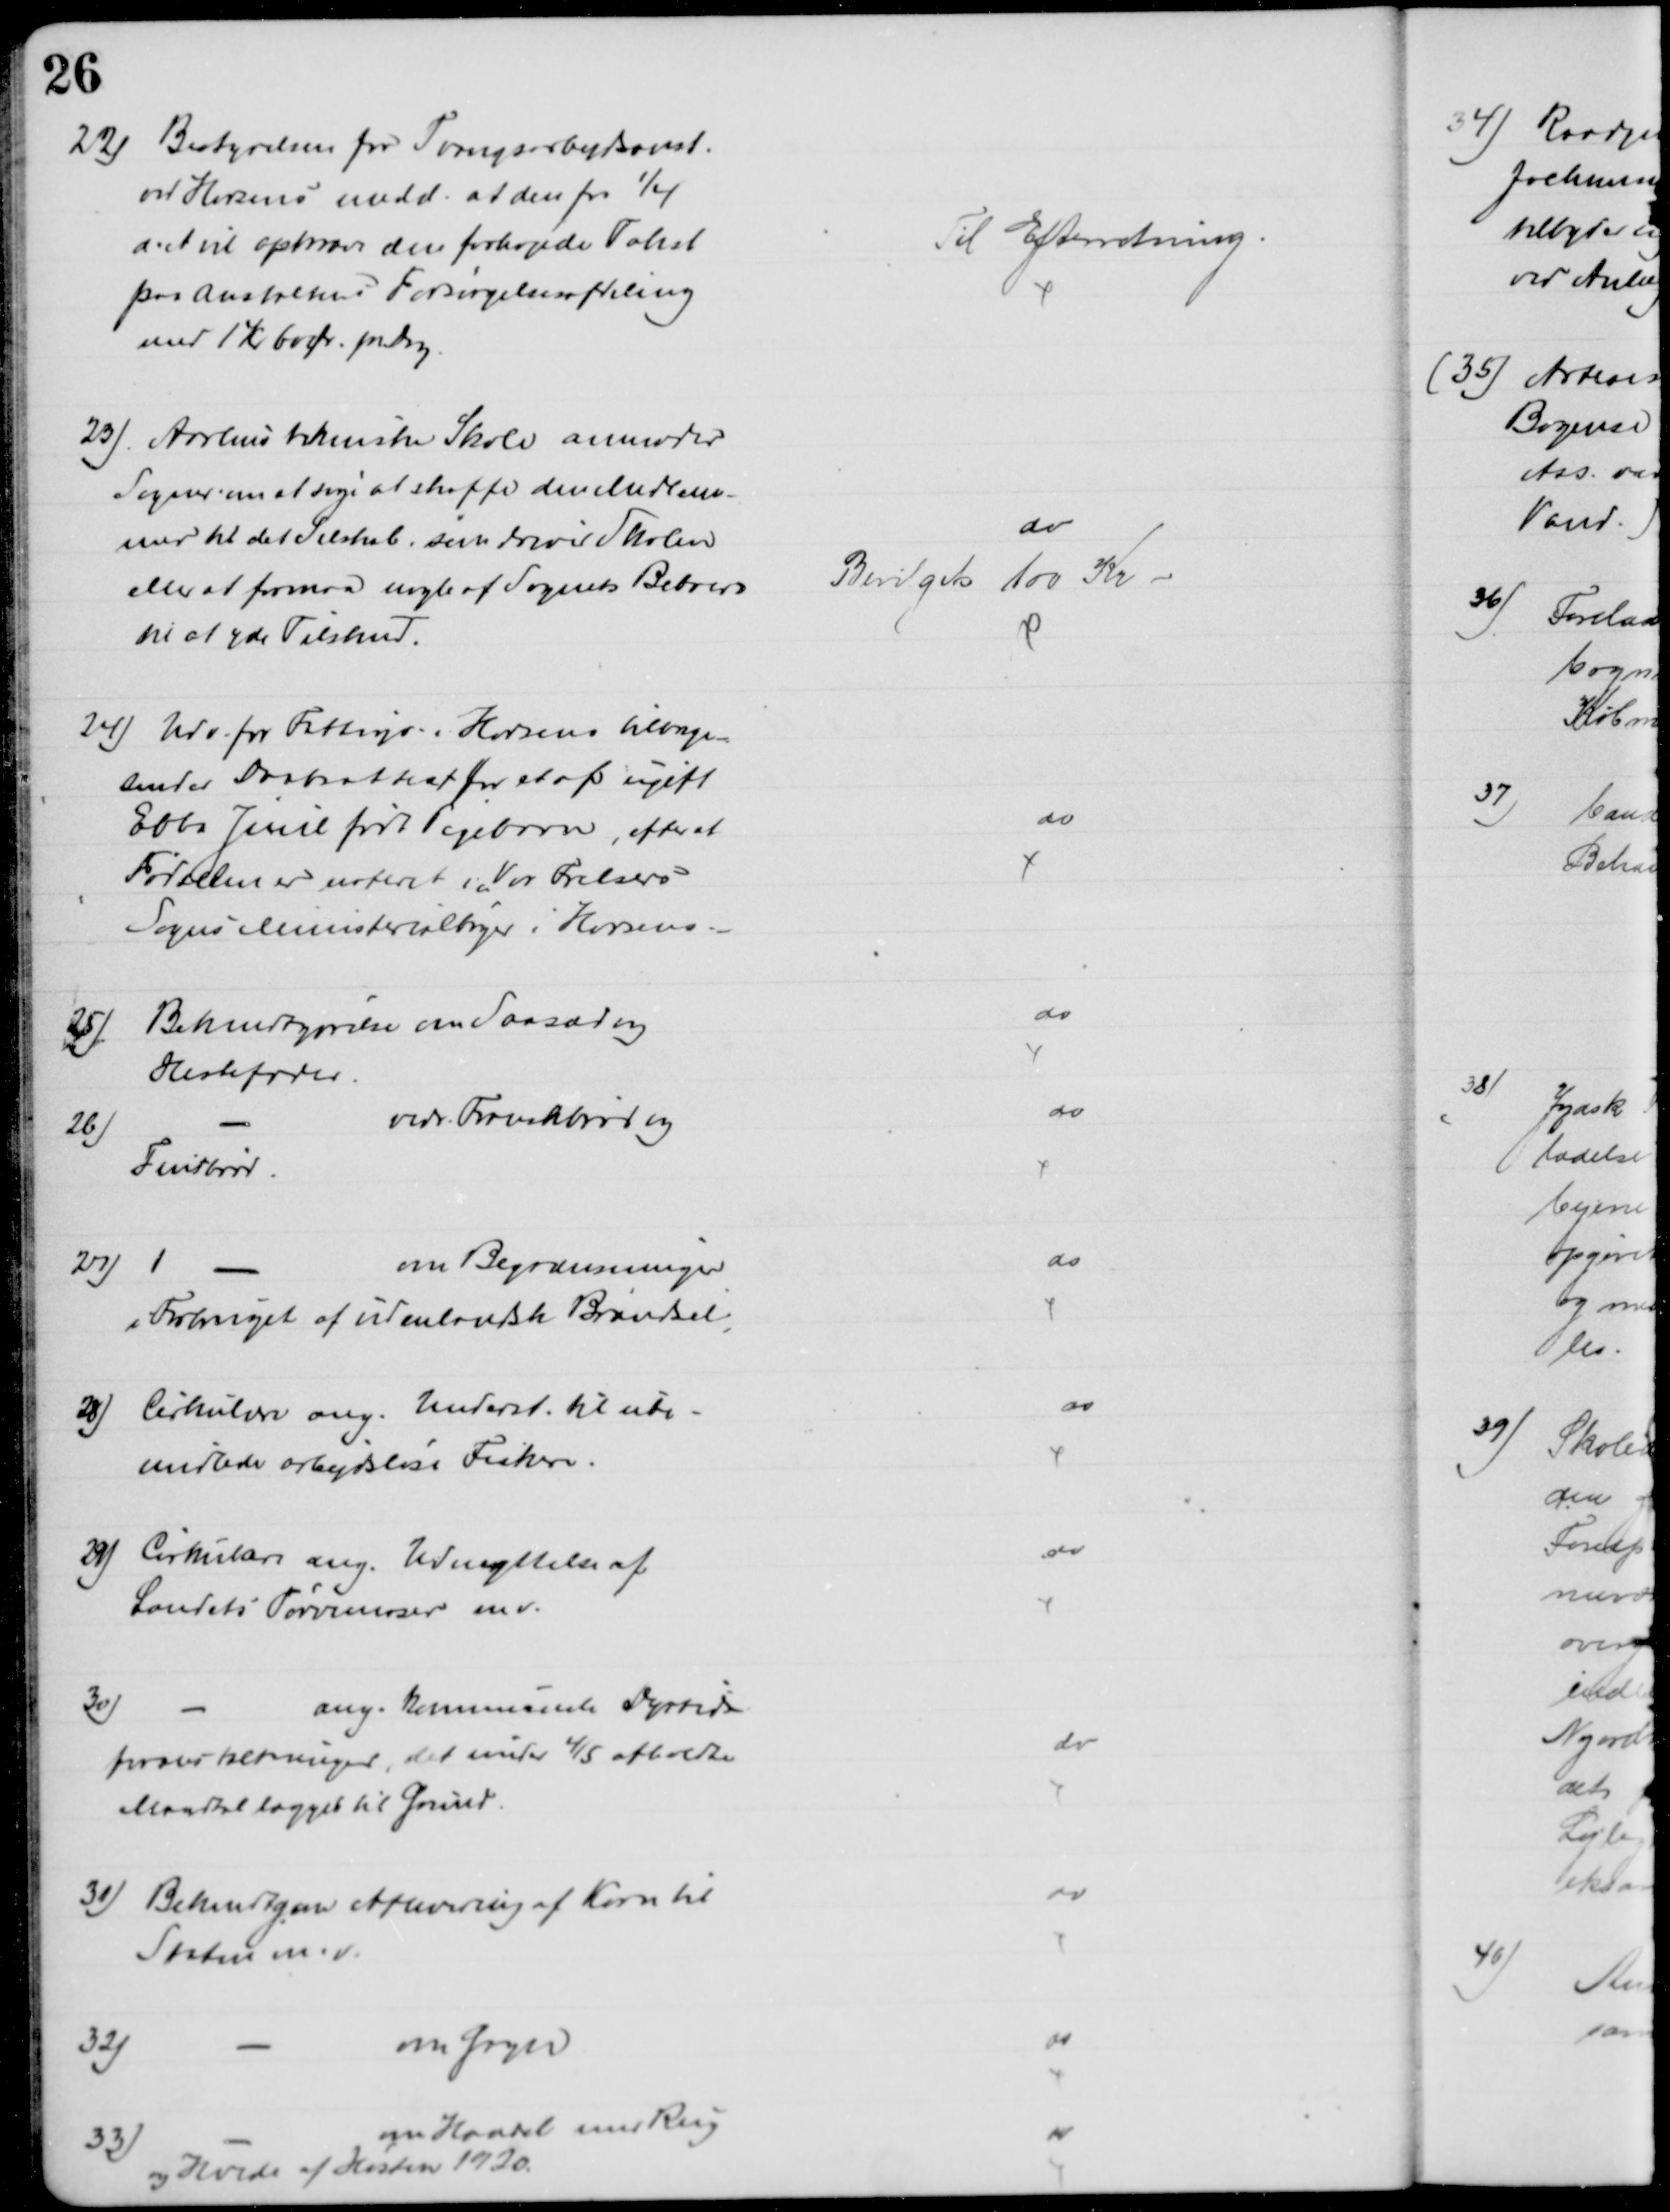
Transskription:
22) Bestyrelsen for Tvangsarbejdsanst.
ved Horsens medd. at den pr 1/4
d.A vil opkræve den forhøjede Takst
paa Anstaltens Forsørgelsesafdeling
med 1 Kr 60 Ør. pr Dag.
Til Efterretning
23) Aarhus tekniske Skole anmoder
Sogner. om at søge at skaffe den Medlem-
mer til det Selskab, som driver Skolen
eller at formaa nogle af Sognets Beboere
til at yde Tilskud.
do
Bevilget 100 Kr
24) Udv. for Fattigv. i Horsens tilbage-
sender Daabsattest for et af ugift
Ebba Juul født Pigebarn, efter at 
Fødselen er noteret i Vor Frelsers
Sogns Ministerialbøger i Horsens.
do
25)
Bekendtgørelse om Saasæd og
Hestefoder.
do
26)
vedr. Franskbrød og
Fintbrød.
do
27)
1
om Begrænsninger
i Forbruget af udenlandsk Brændsel
do
28) Cirkulære ang. Underst. til ube-
midlede arbejdsløse Fiskere.
do
29) Cirkulære ang. Udnyttelse af
Landets Tørvemoser m.v.
do
30)
ang. kommunale Dyrtids-
foranstaltninger, det under 4/5 afholdte
Mandtal lægges til Grund.
do
31) Bekendtgav Aflevering af Korn til
Staten m.v.
do
32)
om Gryn
do
33)
om Handel med Rug
og Hvede af Høsten 1920.
do